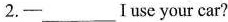
2.——___Iuse your car?